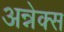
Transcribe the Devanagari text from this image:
अन्नेक्स